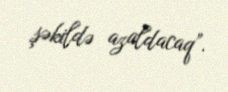
şəkildə azaldacaq”.